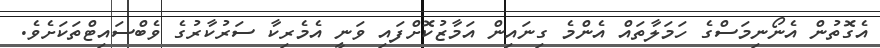
އެގޮތުން އެނޯނިމަސްގެ ހަމަލާތައް އެންމެ ގިނައިން އަމާޒުކޮށްފައި ވަނީ އެމެރިކާ ސަރުކާރުގެ ވެބްސައިޓްތަކަށެވެ.